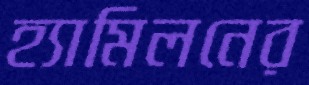
হ্যামিলনের